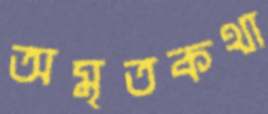
অমৃতকথা